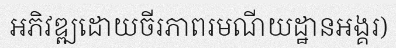
អភិវឌ្ឍដោយចីរភាពរមណីយដ្ឋានអង្គរ)